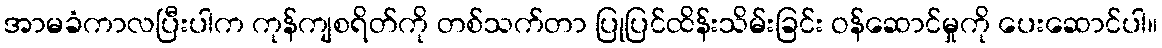
အာမခံကာလပြီးပါက ကုန်ကျစရိတ်ကို တစ်သက်တာ ပြုပြင်ထိန်းသိမ်းခြင်း ဝန်ဆောင်မှုကို ပေးဆောင်ပါ။